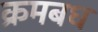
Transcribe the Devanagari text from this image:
क्रमबध